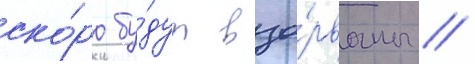
ско́ро бу́дут взо́рваны /